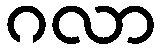
ဂလာ